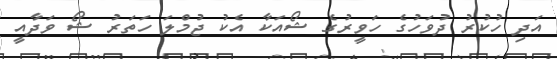
އަދި ހުކުރު ދުވަހުގެ ހަވީރުގެ ޝޯއަކާ އެކު ޖުމްލަ ހަތަރު ޝޯ ވަދާއީ